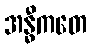
အန္ဓီကတေ